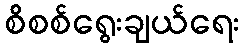
စိစစ်ရွေးချယ်ရေး